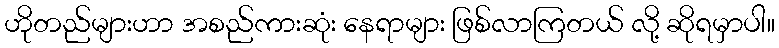
ဟိုတည်များဟာ အစည်ကားဆုံး နေရာများ ဖြစ်လာကြတယ် လို့ ဆိုရမှာပါ။